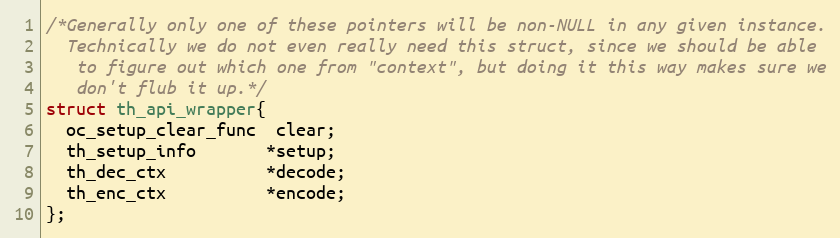
Language: C
/*Generally only one of these pointers will be non-NULL in any given instance.
  Technically we do not even really need this struct, since we should be able
   to figure out which one from "context", but doing it this way makes sure we
   don't flub it up.*/
struct th_api_wrapper{
  oc_setup_clear_func  clear;
  th_setup_info       *setup;
  th_dec_ctx          *decode;
  th_enc_ctx          *encode;
};